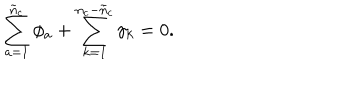
\sum _ { a = 1 } ^ { \tilde { n } _ { c } } \phi _ { a } + \sum _ { k = 1 } ^ { n _ { c } - \tilde { n } _ { c } } \gamma _ { k } = 0 .